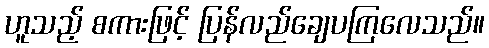
ဟူသည့် စကားဖြင့် ပြန်လည်ချေပကြလေသည်။